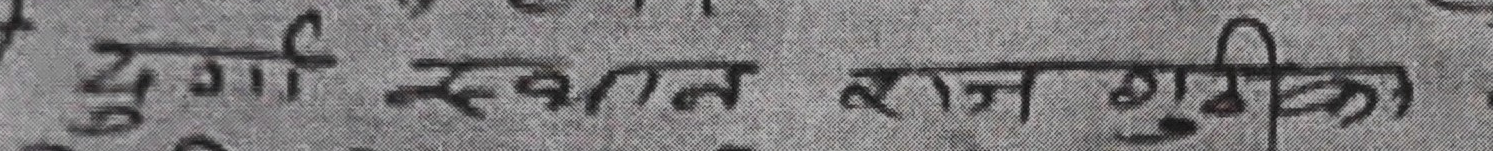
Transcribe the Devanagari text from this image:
दुर्ग स्वखात राज शूशिका